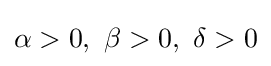
\alpha >0,~\beta >0,~\delta >0